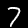
Digit: 7